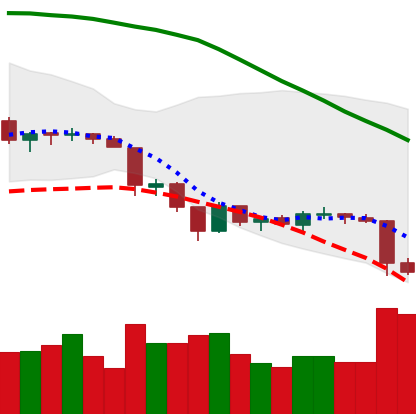
Ticker: LTC-USD
Chart end date: 2018-06-23
Forward return: -9.29%
Label: down_7plus